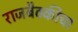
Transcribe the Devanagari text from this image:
राजबैठकीचा